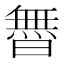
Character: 𱢬